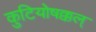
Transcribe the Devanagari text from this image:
कुटियोषक्कल्